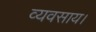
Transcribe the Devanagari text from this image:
व्यवसाय।